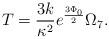
LaTeX: \begin{align*}T = \frac{3k}{\kappa^2} e^{\frac{3\Phi_0}{2}}\Omega_7 .\end{align*}